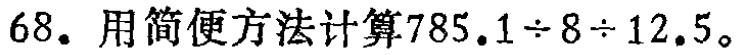
68. 用简便方法计算$785.1\div8\div12.5$。